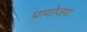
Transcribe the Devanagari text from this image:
प्रायोजय